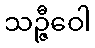
သဉ္ဇီဝေါ